NAE_ERA_R-2362_Emakeele_Selts, lk 37
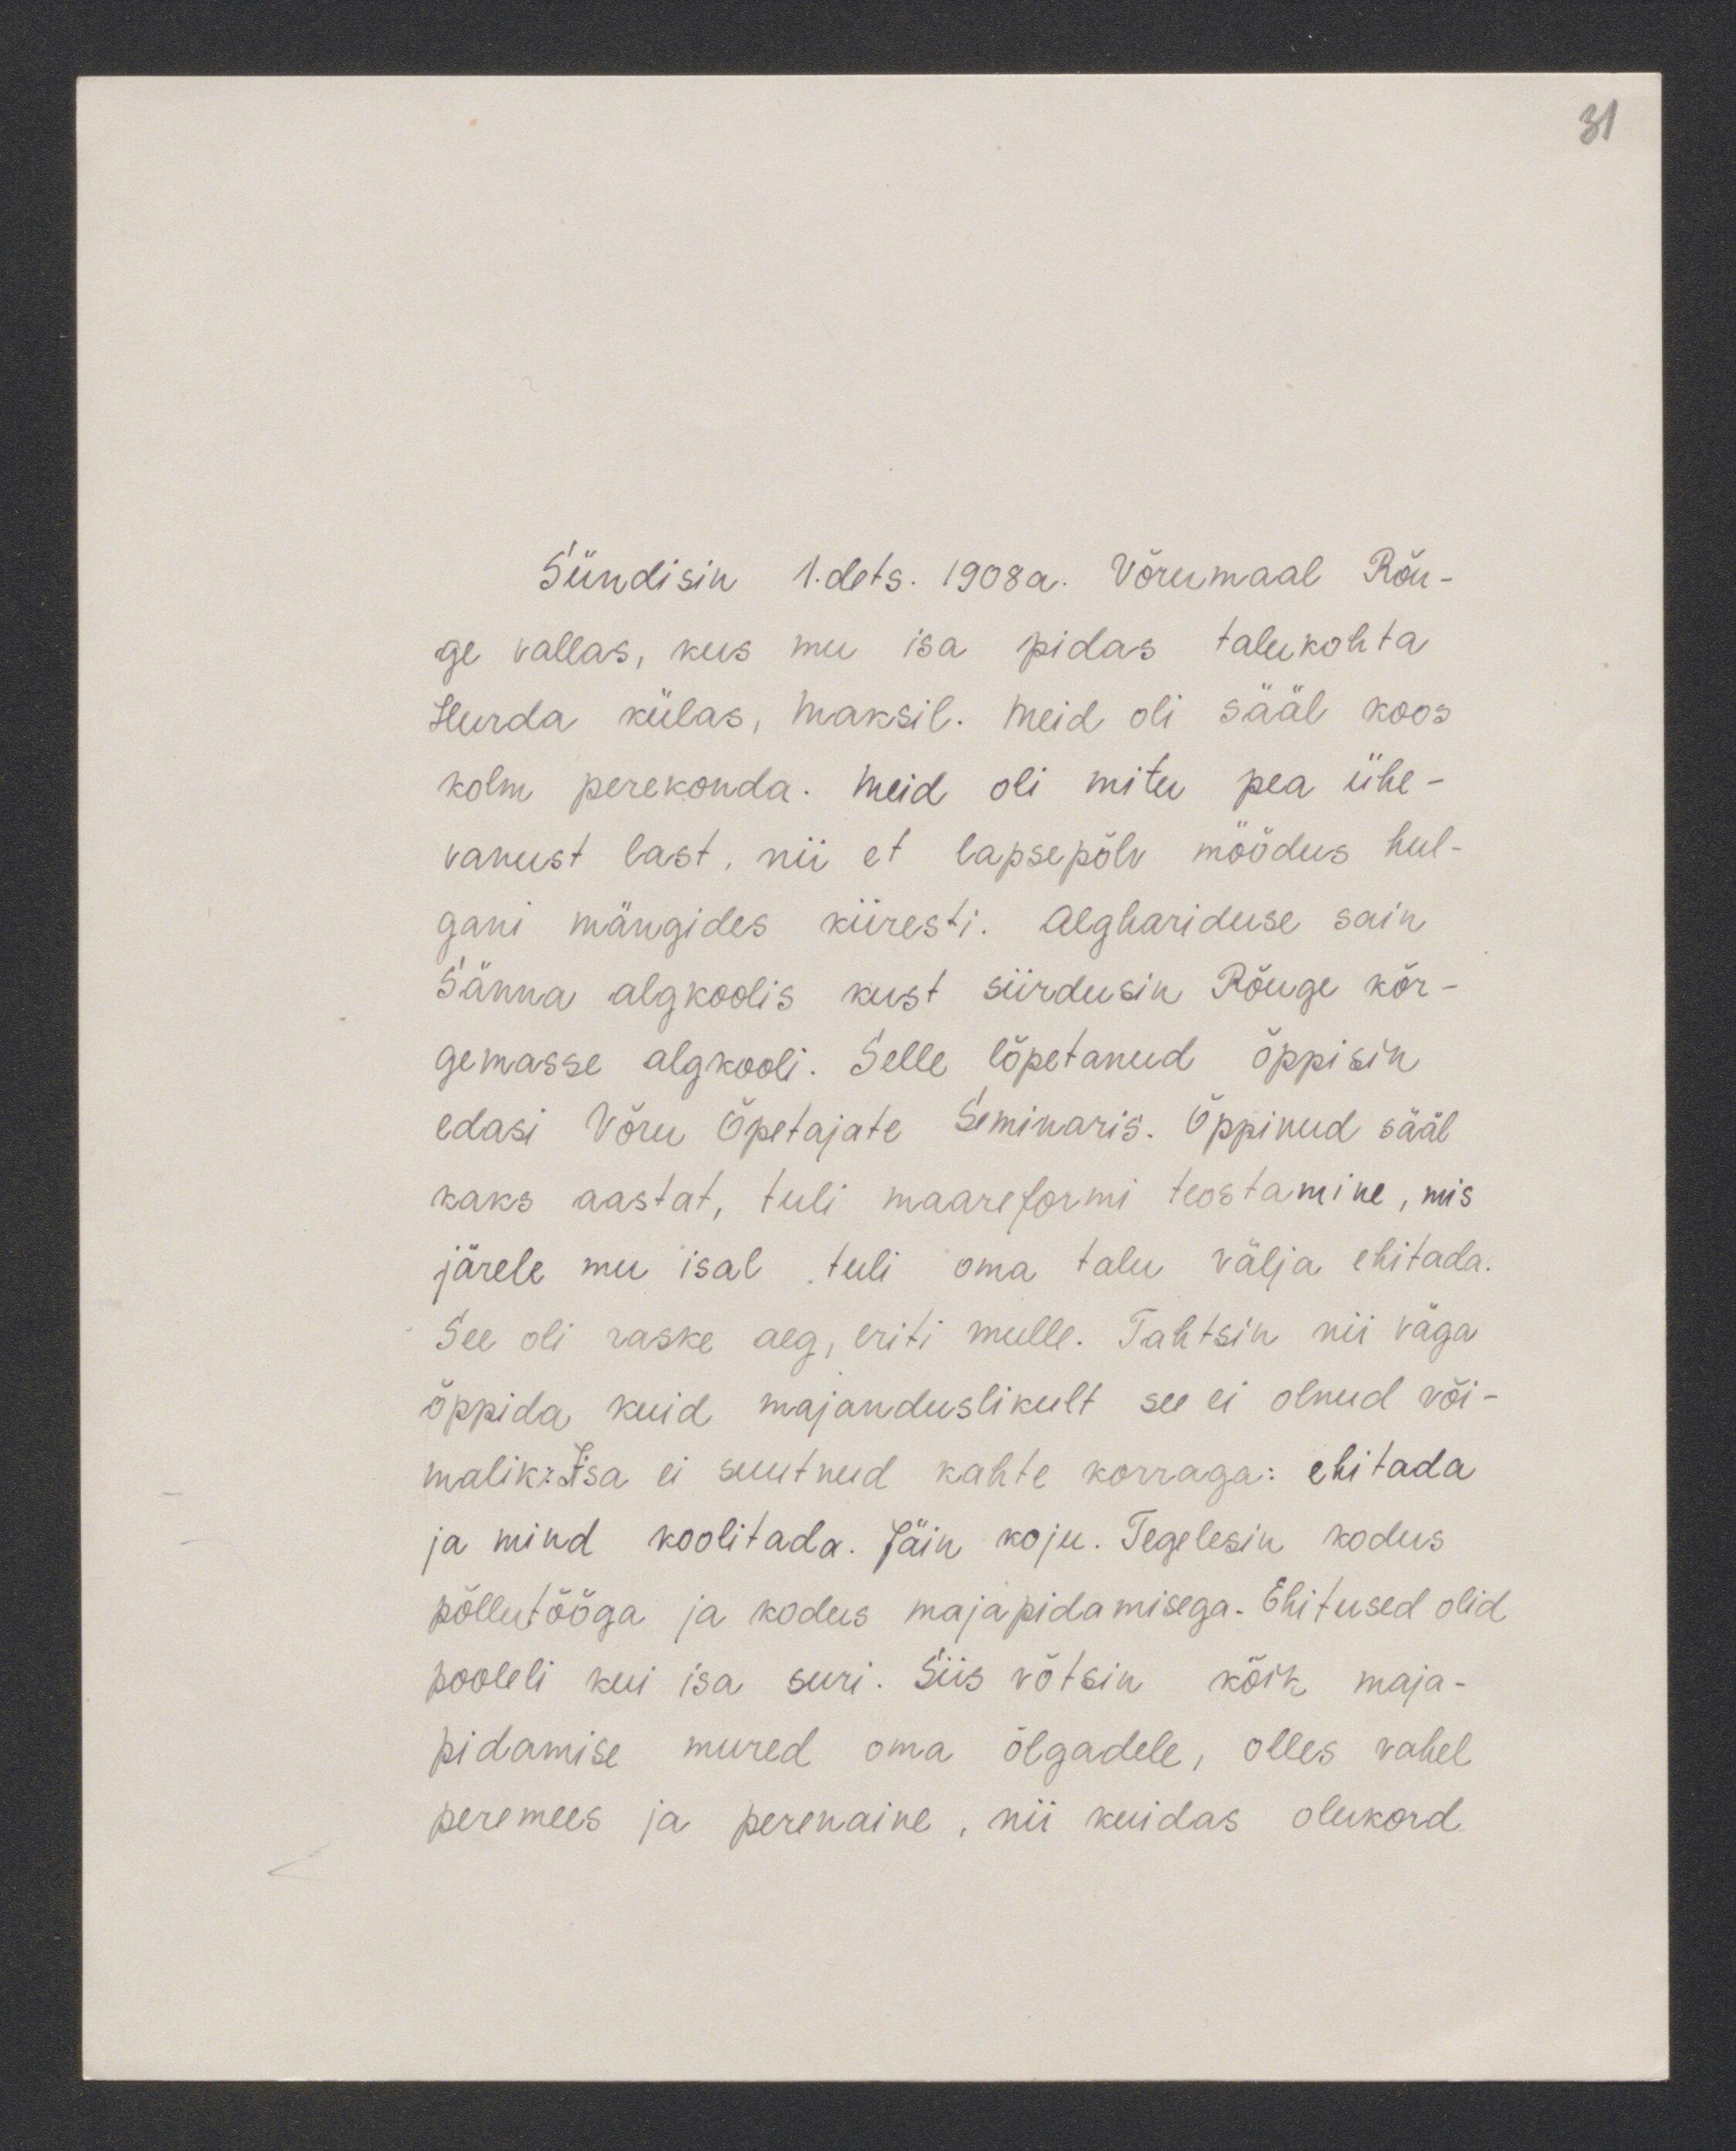
81

Sündisin 1.dets. 1908a. Võrumaal Rõu-
ge vallas, kus mu isa pidas talukohta
Hurda külas, maksil. Meid oli sääl koos
kolm perekonda. Meid oli mitu pea ühe-
vanust last, nii et lapsepõlv möödus hul-
gani mängides kiiresti. Alghariduse sain
Sänna algkoolis kust siirdusin Rõuge kõr-
gemasse algkooli. Selle lõpetanud õppisin
edasi Võru õpetajate Seminaris. Õppinud sääl
kaks aastat, tuli maareformi teostamine, mis
järele mu isal tuli oma talu välja ehitada.
See oli raske aeg, eriti mulle. Tahtsin nii väga
õppida kuid majanduslikult see ei olnud või-
malik isa ei suutnud kahte korraga: ehitada
ja mind koolitada. Jäin koju. Tegelesin kodus
põllutööga ja kodus majapidamisega. Ehitused olid
pooleli kui isa suri. Siis võtsin kõik maja-
pidamise mured oma õlgadele, olles vahel
peremees ja perenaine, nii kuidas olukord